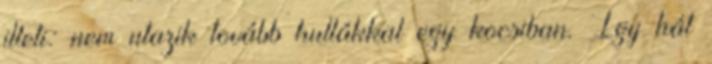
illeti: nem utazik tovább hullákkal egy kocsiban. Így hát